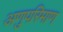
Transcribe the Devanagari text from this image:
अणुपरिमाण